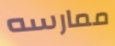
ممارسه